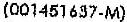
(001451637-M)